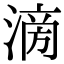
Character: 𣹿